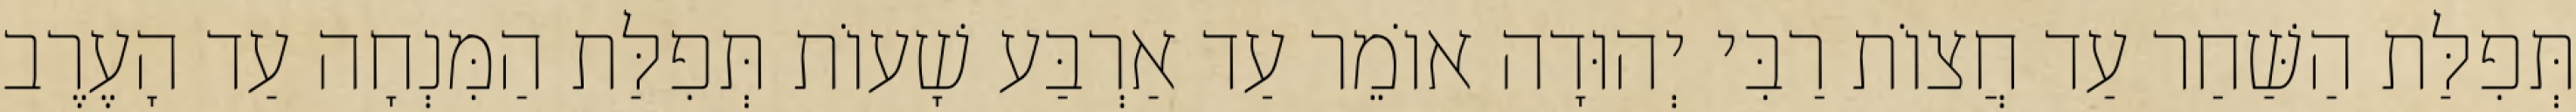
תְּפִלַּת הַשַּׁחַר עַד חֲצוֹת רַבִּי יְהוּדָה אוֹמֵר עַד אַרְבַּע שָׁעוֹת תְּפִלַּת הַמִּנְחָה עַד הָעֶרֶב